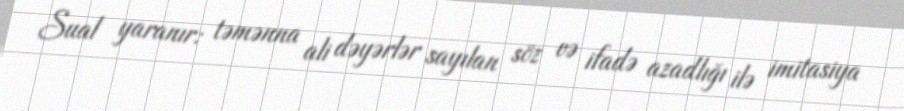
Sual yaranır: təmənna ali dəyərlər sayılan söz və ifadə azadlığı ilə imitasiya